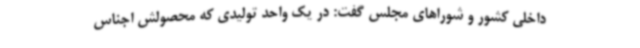
داخلی کشور و شوراهای مجلس گفت: در یک واحد تولیدی که محصولش اجناس